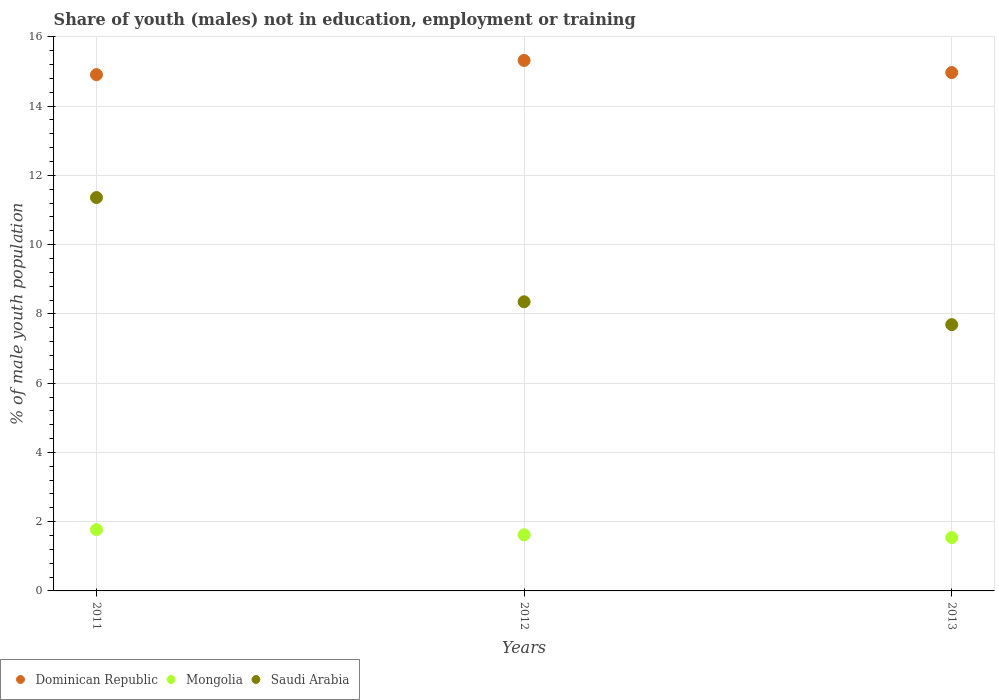
| Years | Dominican Republic | Mongolia | Saudi Arabia |
 | --- | --- | --- | --- |
 | 2011 | 14.9 | 1.77 | 11.4 |
 | 2012 | 15.3 | 1.62 | 8.35 |
 | 2013 | 15 | 1.54 | 7.69 |